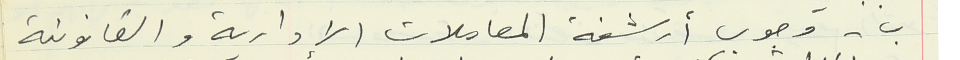
ب - وجوب أرشفة المعاملات الإدارية والقانونية